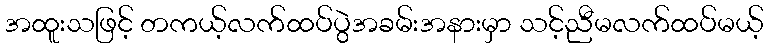
အထူးသဖြင့် တကယ့်လက်ထပ်ပွဲအခမ်းအနားမှာ သင့်ညီမလက်ထပ်မယ့်